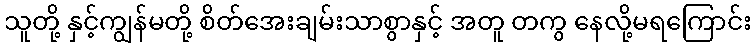
သူတို့ နှင့်ကျွန်မတို့ စိတ်အေးချမ်းသာစွာနှင့် အတူ တကွ နေလို့မရကြောင်း